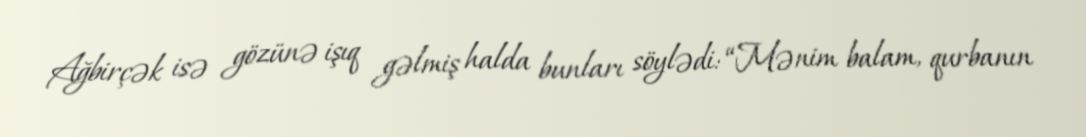
Ağbirçək isə gözünə işıq gəlmiş halda bunları söylədi: “Mənim balam, qurbanın